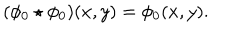
( \phi _ { 0 } \star \phi _ { 0 } ) ( x , y ) = \phi _ { 0 } ( x , y ) .